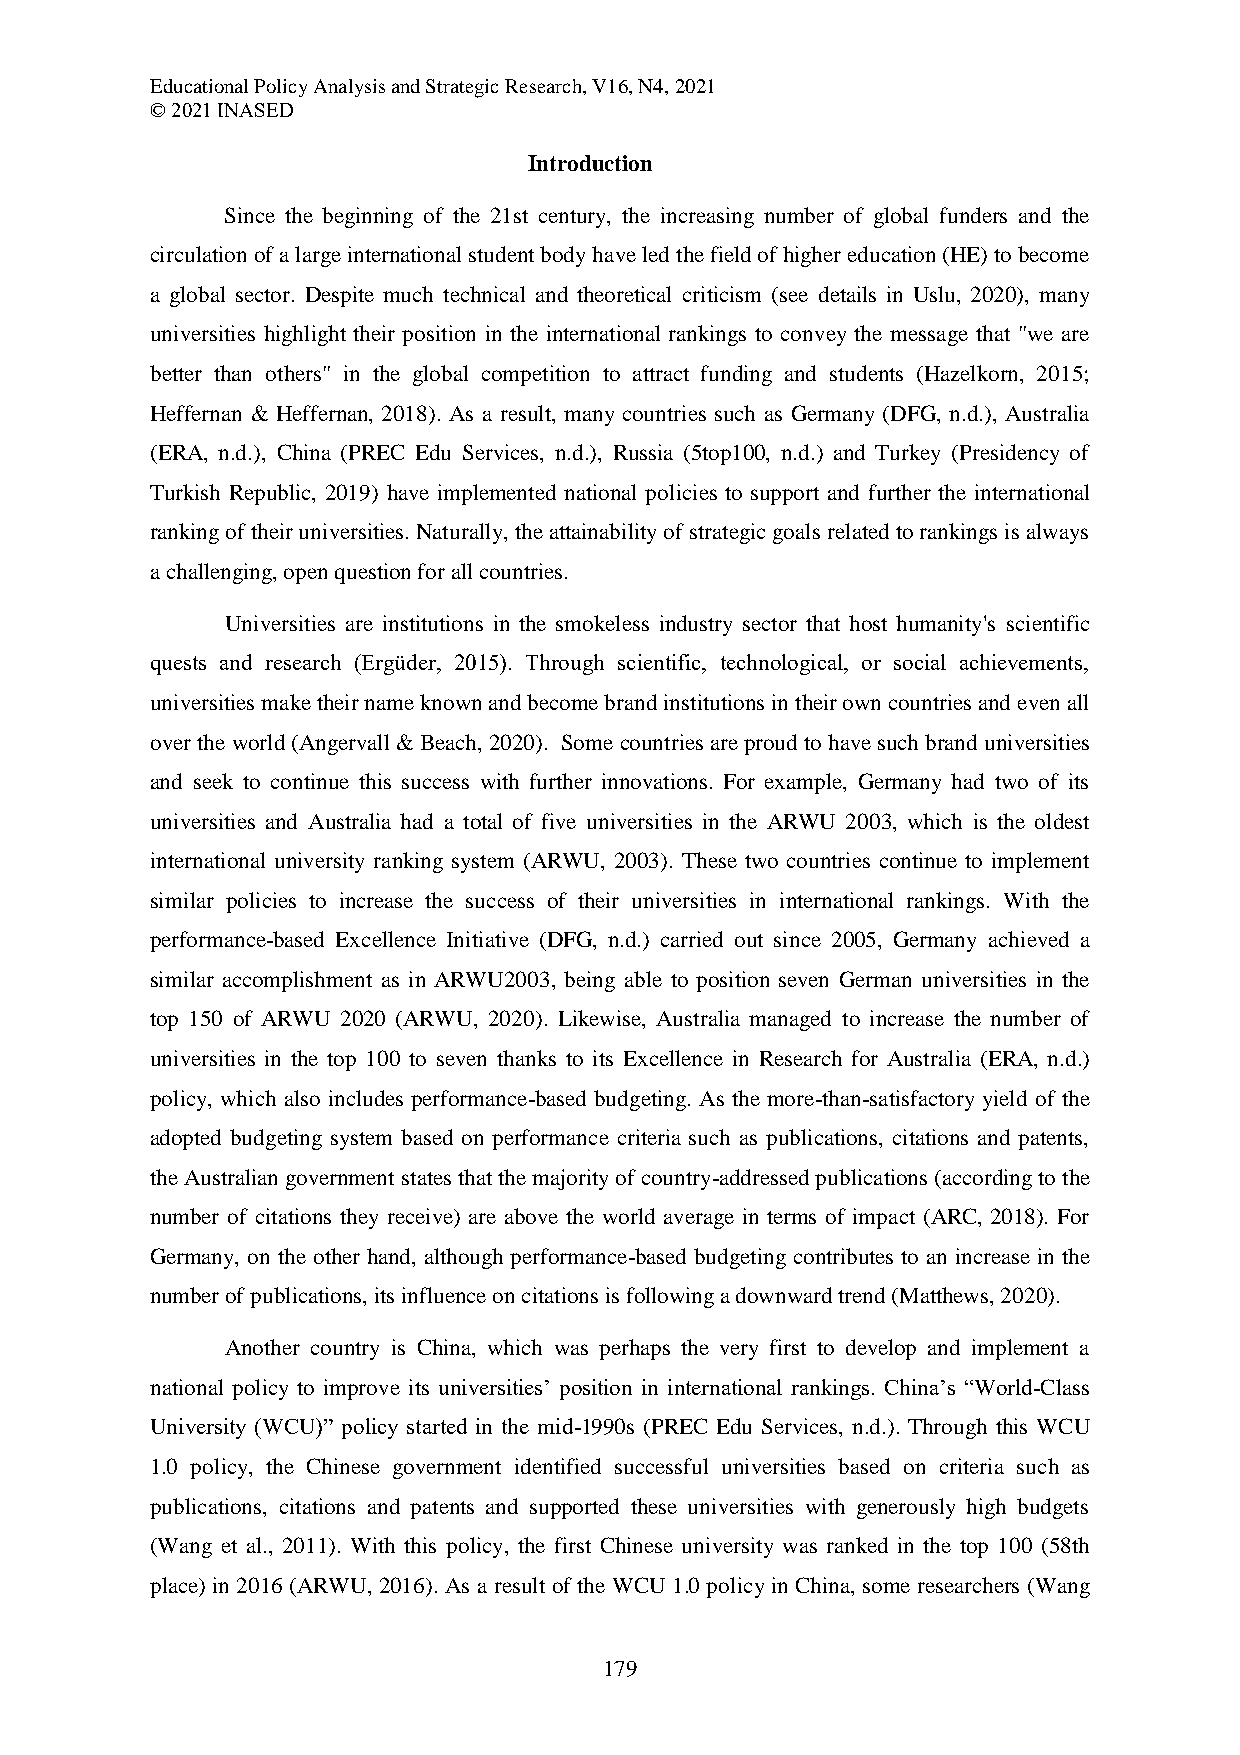
Educational Policy Analysis and Strategic Research, V16, N4, 2021
 © 2021 INASED
 Introduction
 Since the beginning of the 21st century, the increasing number of global funders and the
 circulation of a large international student body have led the field of higher education (HE) to become
 a global sector. Despite much technical and theoretical criticism (see details in Uslu, 2020), many
 universities highlight their position in the international rankings to convey the message that "we are
 better than others" in the global competition to attract funding and students (Hazelkorn, 2015;
 Heffernan & Heffernan, 2018). As a result, many countries such as Germany (DFG, n.d.), Australia
 (ERA, n.d.), China (PREC Edu Services, n.d.), Russia (5top100, n.d.) and Turkey (Presidency of
 Turkish Republic, 2019) have implemented national policies to support and further the international
 ranking of their universities. Naturally, the attainability of strategic goals related to rankings is always
 a challenging, open question for all countries.
 Universities are institutions in the smokeless industry sector that host humanity's scientific
 quests and research (Ergüder, 2015). Through scientific, technological, or social achievements,
 universities make their name known and become brand institutions in their own countries and even all
 over the world (Angervall & Beach, 2020). Some countries are proud to have such brand universities
 and seek to continue this success with further innovations. For example, Germany had two of its
 universities and Australia had a total of five universities in the ARWU 2003, which is the oldest
 international university ranking system (ARWU, 2003). These two countries continue to implement
 similar policies to increase the success of their universities in international rankings. With the
 performance-based Excellence Initiative (DFG, n.d.) carried out since 2005, Germany achieved a
 similar accomplishment as in ARWU2003, being able to position seven German universities in the
 top 150 of ARWU 2020 (ARWU, 2020). Likewise, Australia managed to increase the number of
 universities in the top 100 to seven thanks to its Excellence in Research for Australia (ERA, n.d.)
 policy, which also includes performance-based budgeting. As the more-than-satisfactory yield of the
 adopted budgeting system based on performance criteria such as publications, citations and patents,
 the Australian government states that the majority of country-addressed publications (according to the
 number of citations they receive) are above the world average in terms of impact (ARC, 2018). For
 Germany, on the other hand, although performance-based budgeting contributes to an increase in the
 number of publications, its influence on citations is following a downward trend (Matthews, 2020).
 Another country is China, which was perhaps the very first to develop and implement a
 national policy to improve its universities’ position in international rankings. China’s “World-Class
 University (WCU)” policy started in the mid-1990s (PREC Edu Services, n.d.). Through this WCU
 1.0 policy, the Chinese government identified successful universities based on criteria such as
 publications, citations and patents and supported these universities with generously high budgets
 (Wang et al., 2011). With this policy, the first Chinese university was ranked in the top 100 (58th
 place) in 2016 (ARWU, 2016). As a result of the WCU 1.0 policy in China, some researchers (Wang
 179